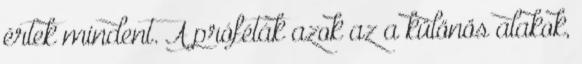
értek mindent. A próféták azok az a különös alakok,